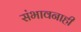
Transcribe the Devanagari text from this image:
संभावनाही